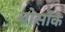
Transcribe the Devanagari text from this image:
बोसाँके